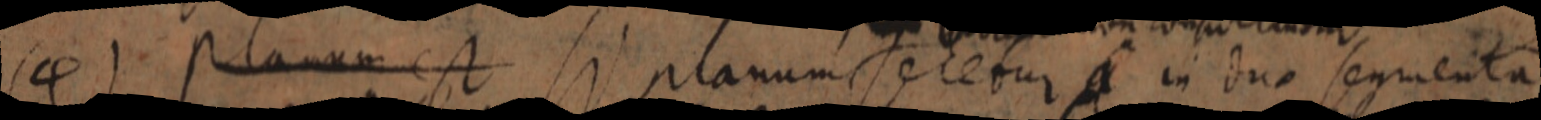
(4) planum est si planum serebur in duo segmenta